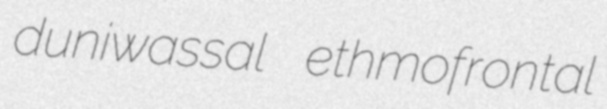
duniwassal ethmofrontal